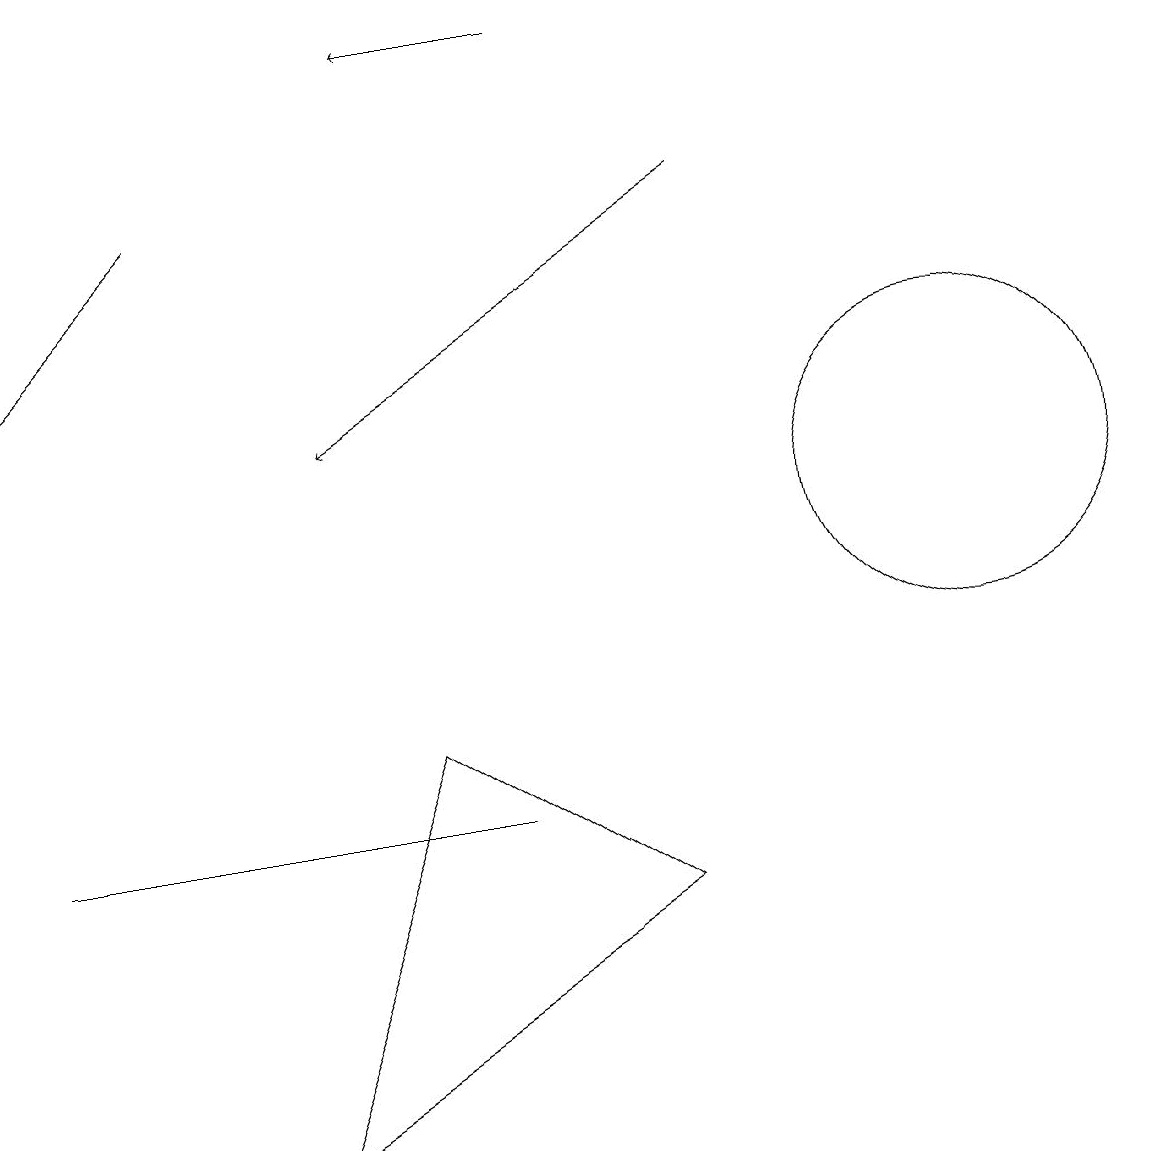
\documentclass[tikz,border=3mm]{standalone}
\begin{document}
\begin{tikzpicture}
\draw (8,6) -- (3,3) -- (5,8) -- cycle;
\draw (12,11) circle (2);
\draw[->] (7,17) -- (5,17);
\draw[->] (9,15) -- (4,12);
\draw[->] (2,15) -- (0,13);
\draw (0,7) -- (2,7) -- (6,7) -- cycle;
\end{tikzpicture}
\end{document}